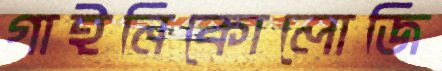
গাইনিকোলোজি